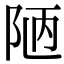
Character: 陋